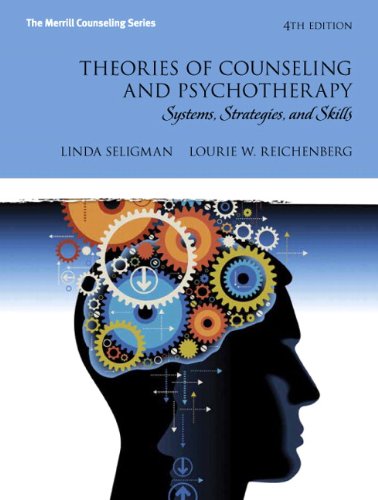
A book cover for Theories of Counseling and Psychotherapy: Systems, Strategies, and Skills (4th Edition) (Merrill Counseling); Linda W. Seligman; Medical Books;